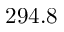
2 9 4 . 8